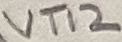
Text: VT12